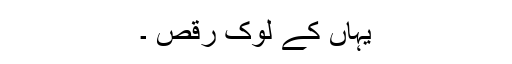
یہاں کے لوک رقص ۔